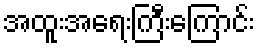
အထူးအရေးကြီးကြောင်း